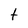
Character: t